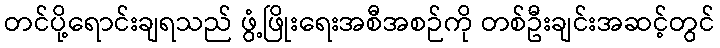
တင်ပို့ရောင်းချရသည် ဖွံ့ဖြိုးရေးအစီအစဉ်ကို တစ်ဦးချင်းအဆင့်တွင်